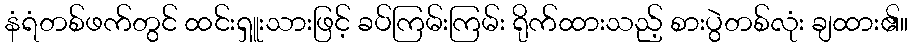
နံရံတစ်ဖက်တွင် ထင်းရှူးသားဖြင့် ခပ်ကြမ်းကြမ်း ရိုက်ထားသည့် စားပွဲတစ်လုံး ချထား၏။